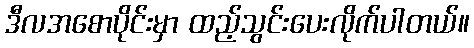
ဒီလအစောပိုင်းမှာ ထည့်သွင်းပေးလိုက်ပါတယ်။